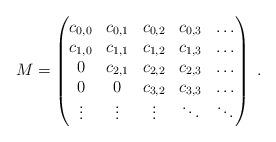
LaTeX: \begin{align*} M=\begin{pmatrix} c_{0,0} & c_{0,1} & c_{0,2} & c_{0,3}& \dots\\ c_{1,0} & c_{1,1} & c_{1,2} & c_{1,3}& \dots \\ 0 & c_{2,1} & c_{2,2} & c_{2,3} & \dots \\ 0 & 0 & c_{3,2} & c_{3,3} & \dots\\ \vdots &\vdots &\vdots & \ddots & \ddots \end{pmatrix}\ .\end{align*}